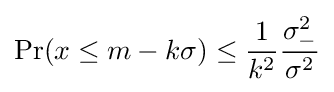
\Pr(x\leq m-k\sigma )\leq {\frac {1}{k^{2}}}{\frac {\sigma _{-}^{2}}{\sigma ^{2}}}